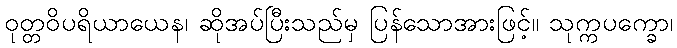
ဝုတ္တဝိပရိယာယေန၊ ဆိုအပ်ပြီးသည်မှ ပြန်သောအားဖြင့်။ သုက္ကပက္ခော၊